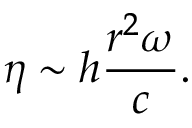
\eta \sim h \frac { r ^ { 2 } \omega } { c } .